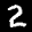
Label: 2